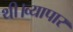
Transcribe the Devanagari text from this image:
थी।व्यापार